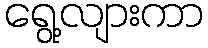
ရွေ့လျားကာ